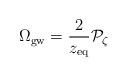
LaTeX: \begin{align*}\Omega_{\rm gw} = {2\over z_{\rm eq}} {\cal P}_\zeta\end{align*}